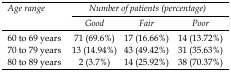
<table><thead><tr><td rowspan="3"><b><i>Age range</i></b></td><td colspan="3"><b><i>Number of patients (percentage)</i></b></td></tr><tr><td><b><i>Good</i></b></td><td><b><i>Fair</i></b></td><td><b><i>Poor</i></b></td></tr></thead><tbody><tr><td>60 to 69 years</td><td>71 (69.6%)</td><td>17 (16.66%)</td><td>14 (13.72%)</td></tr><tr><td>70 to 79 years</td><td>13 (14.94%)</td><td>43 (49.42%)</td><td>31 (35.63%)</td></tr><tr><td>80 to 89 years</td><td>2 (3.7%)</td><td>14 (25.92%)</td><td>38 (70.37%)</td></tr></tbody></table>